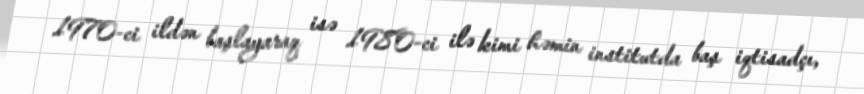
1970-ci ildən başlayaraq isə 1980-ci ilə kimi həmin institutda baş iqtisadçı,